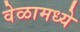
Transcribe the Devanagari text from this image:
वेळामध्ये